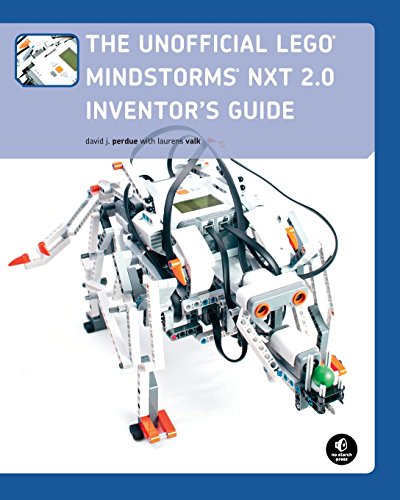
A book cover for The Unofficial LEGO MINDSTORMS NXT 2.0 Inventor's Guide; David J. Perdue; Computers & Technology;